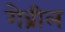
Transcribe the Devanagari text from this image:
गेब्रील